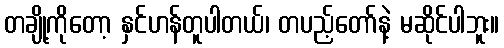
တချို့ကိုတော့ နှင်ဟန်တူပါတယ်၊ တပည့်တော်နဲ့ မဆိုင်ပါဘူး။